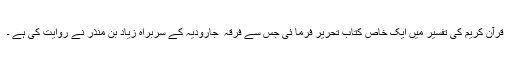
قرآن کریم کی تفسیر میں ایک خاص کتاب تحریر فرما ئی جس سے فرقہ ٔ جارودیہ کے سربراہ زیاد بن منذر نے روایت کی ہے ۔